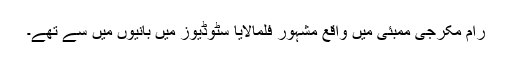
رام مکرجی ممبئی میں واقع مشہور فلمالایا سٹوڈیوز میں بانیوں میں سے تھے۔